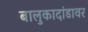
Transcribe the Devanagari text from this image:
बालुकादांडावर